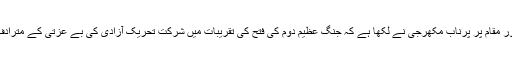
ایک اور مقام پر پرناب مکھرجی نے لکھا ہے کہ جنگ عظیم دوم کی فتح کی تقریبات میں شرکت تحریک آزادی کی بے عزتی کے مترادف ہے۔